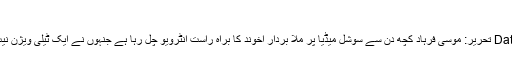
ان شاء اللہ تعالی
ملا برادر اخوند کا پیغام اور اشرف غنی کا جواب Date: 2020-02-16 تحریر: موسی فرہاد کچھ دن سے سوشل میڈیا پر ملا بردار اخوند کا براہ راست انٹرویو چل رہا ہے جنہوں نے ایک ٹیلی ویژن نیٹ ورک کے ساتھ کیا گیا تھا جس کا نام پرنٹ لائن (پی بی ایس) ہے ۔